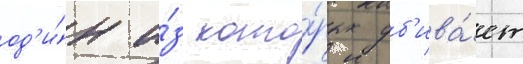
од'и́н и́з кото́рых уб'ива́ет